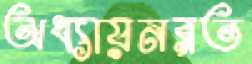
অধ্যায়নরত